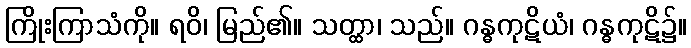
ကြိုးကြာသံကို။ ရဝိ၊ မြည်၏။ သတ္ထာ၊ သည်။ ဂန္ဓကုဋိယံ၊ ဂန္ဓကုဋိ၌။